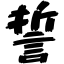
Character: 誓